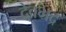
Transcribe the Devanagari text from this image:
देवभद्र